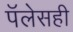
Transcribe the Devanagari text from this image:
पॅलेसही